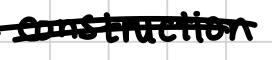
Text: construction
Cross-out: double-line
Writing tool: digital_black